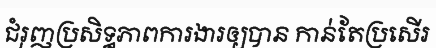
ជំរុញប្រសិទ្ធភាពការងារឲ្យបាន កាន់តែប្រសើរ